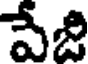
పేజి